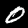
Label: 0